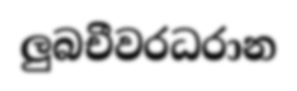
ලුබචීවරධරාන